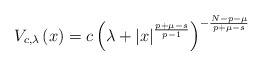
\begin{align*}V_{c,\lambda}\left( x\right) =c\left( \lambda+\left\vert x\right\vert^{\frac{p+\mu-s}{p-1}}\right) ^{-\frac{N-p-\mu}{p+\mu-s}}\end{align*}